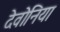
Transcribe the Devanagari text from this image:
देवोनिया